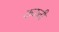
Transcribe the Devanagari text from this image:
ककती